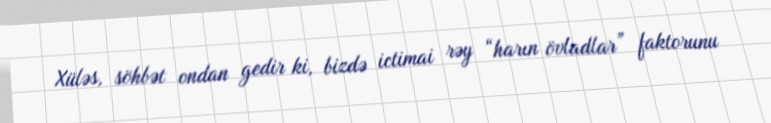
Xüləs, söhbət ondan gedir ki, bizdə ictimai rəy “harın övladlar” faktorunu